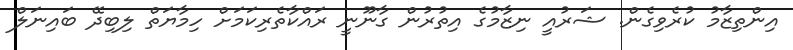
އިންތިޒާމު ކުރެވިގެން. ޝަރުއީ ނިޒާމުގެ އިތުރުން ގާނޫނީ ރައްކާތެރިކަމަށް ހިމާޔަތް ލިބިދޭ ބައިނަލް